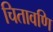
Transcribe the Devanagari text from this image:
चितावणि